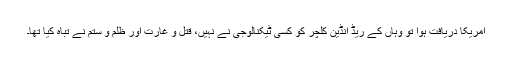
امریکا دریافت ہوا تو وہاں کے ریڈ انڈین کلچر کو کسی ٹیکنالوجی نے نہیں، قتل و غارت اور ظلم و ستم نے تباہ کیا تھا۔